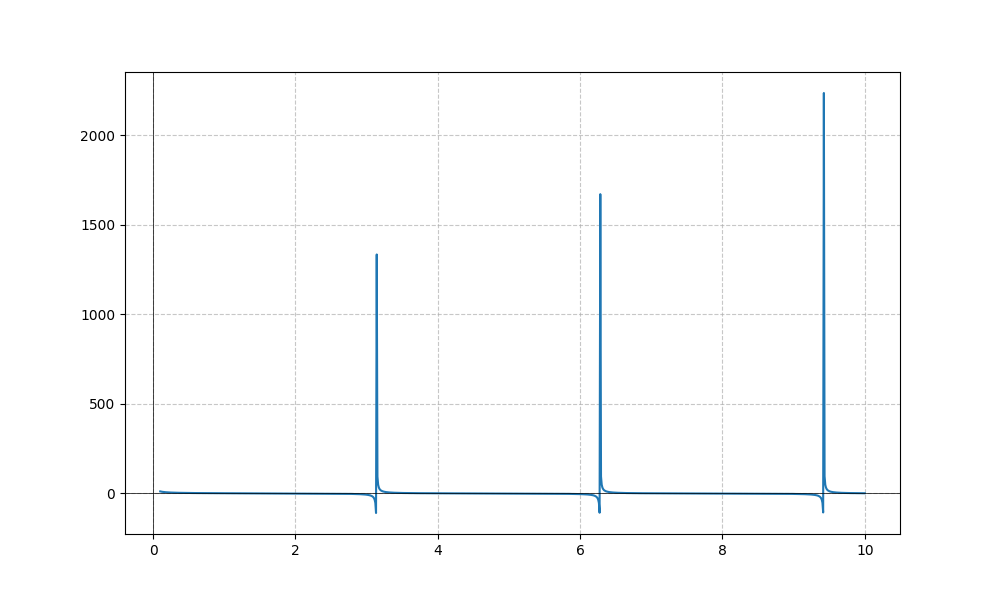
LaTeX formula: - \frac{\log{\left(x \right)}}{\log{\left(10 \right)}} + \cot{\left(x \right)}